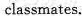
classmates.